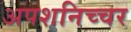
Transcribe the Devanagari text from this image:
अपशनिच्चर